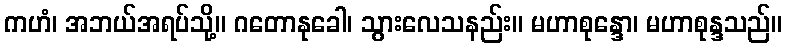
ကဟံ၊ အဘယ်အရပ်သို့။ ဂတောနုခေါ၊ သွားလေသနည်း။ မဟာစုန္ဒော၊ မဟာစုန္ဒသည်။